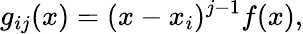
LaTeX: g_{ij}(x)=(x-x_{i})^{j-1}f(x),